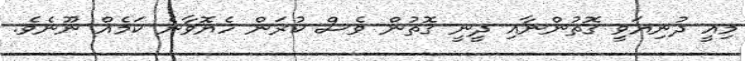
މިއީ ދުނިޔަވީ ގޮތުންނާއި ދީނީ ގޮތުން ވެސް ކުރަން ހެޔޮވާނެ ކަމެއް ނޫނެވެ.